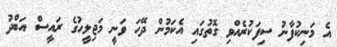
އެ މަނިކުފާނު ސިފަކުރެއްވި ގޮތުގައި އެކަމުން ދޭހަ ވަނީ މަޖިލީހުގެ ރައީސް އަބްދު